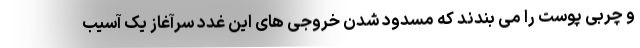
و چربی پوست را می بندند که مسدود شدن خروجی های این غدد سرآغاز یک آسیب